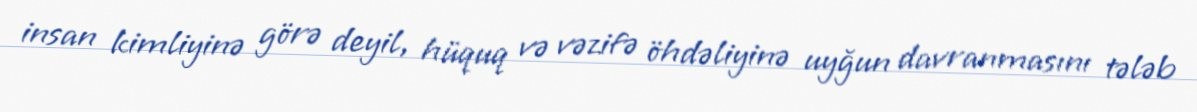
insan kimliyinə görə deyil, hüquq və vəzifə öhdəliyinə uyğun davranmasını tələb